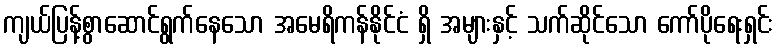
ကျယ်ပြန့်စွာဆောင်ရွက်နေသော အမေရိကန်နိုင်ငံ ရှိ အများနှင့် သက်ဆိုင်သော ကော်ပိုရေးရှင်း